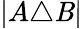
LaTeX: |A\triangle\mathit{B}|